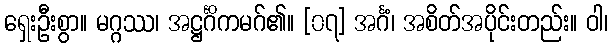
ရှေးဦးစွာ။ မဂ္ဂဿ၊ အဋ္ဌင်္ဂိကမဂ်၏။ [၀၇] အင်္ဂံ၊ အစိတ်အပိုင်းတည်း။ ဝါ၊